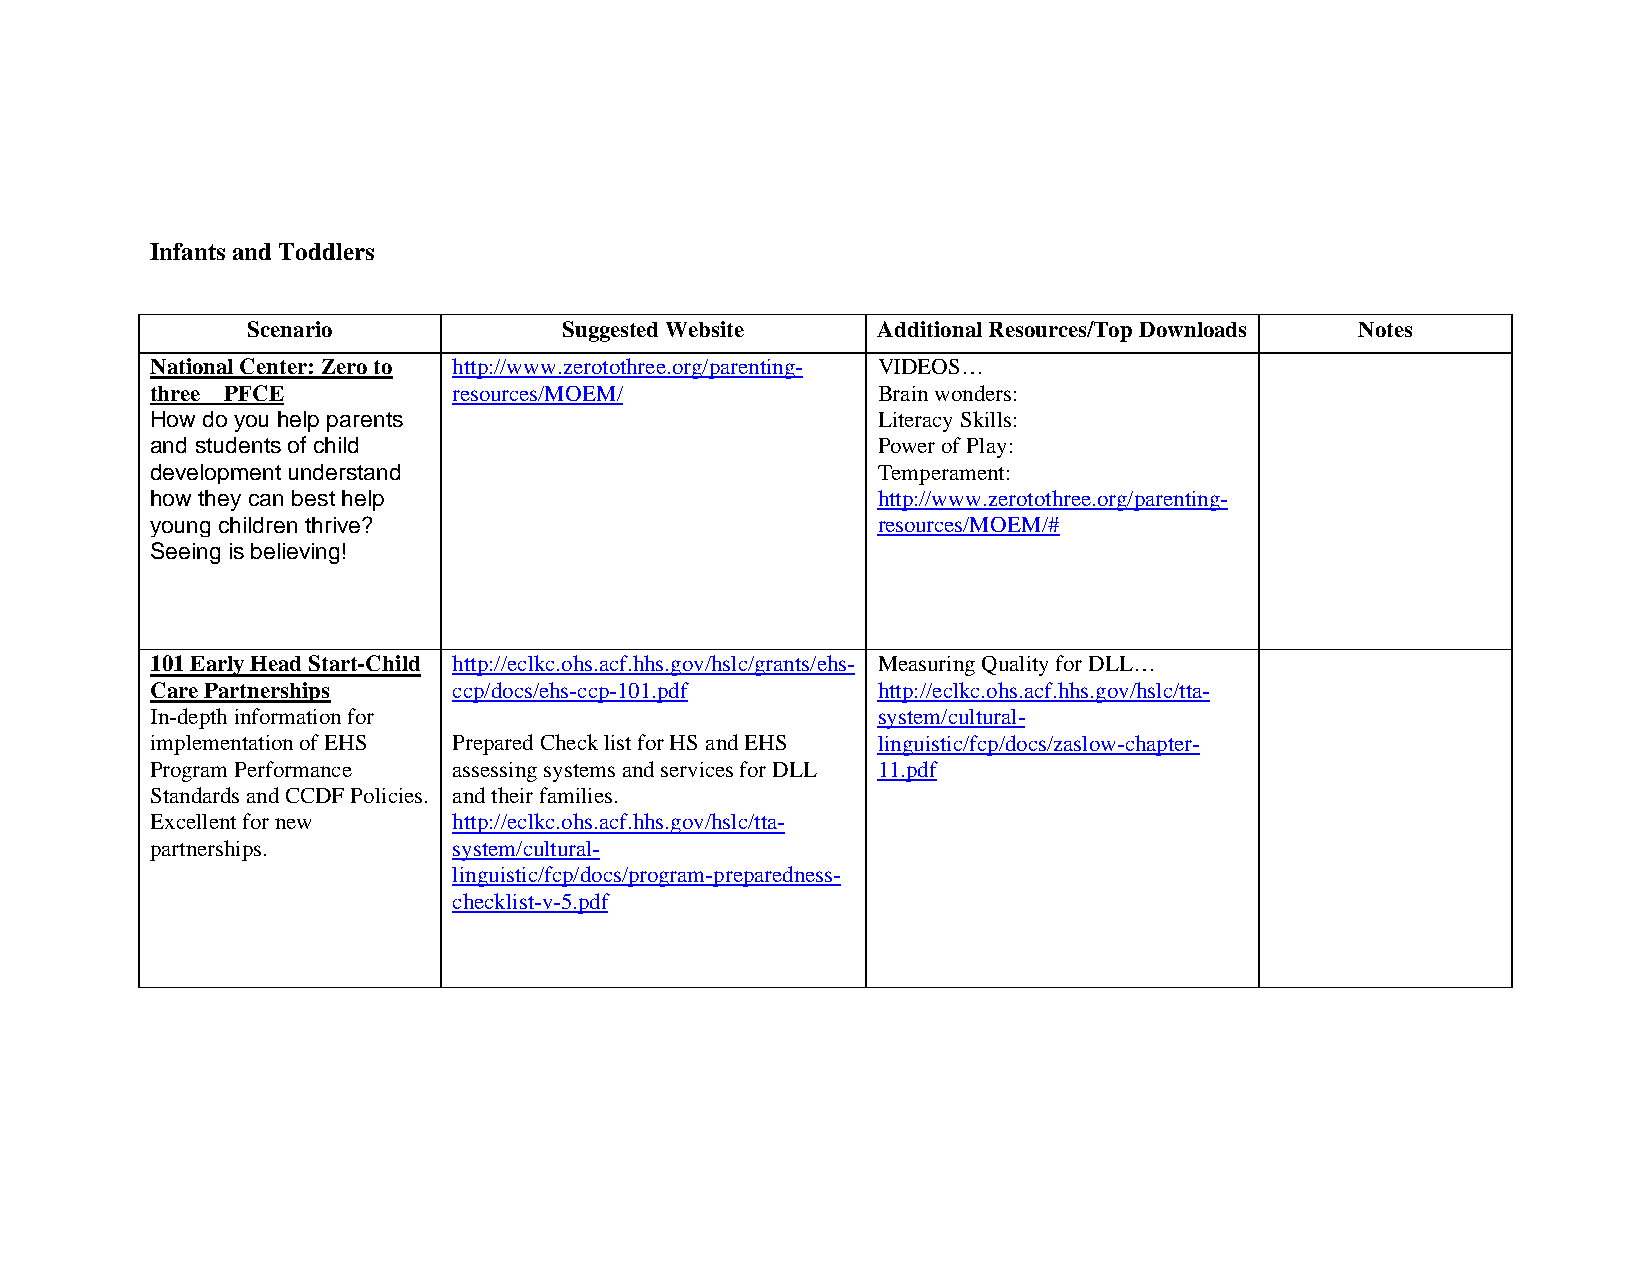
Infants and Toddlers
 Scenario             Suggested Website    Additional Resources/Top Downloads Notes
 National Center: Zero to http://www.zerotothree.org/parenting- VIDEOS…
 three PFCE          resources/MOEM/             Brain wonders:
 How do you help parents                         Literacy Skills:
 and students of child                           Power of Play:
 development understand                          Temperament:
 how they can best help                          http://www.zerotothree.org/parenting-
 young children thrive?                          resources/MOEM/#
 Seeing is believing!
 101 Early Head Start-Child http://eclkc.ohs.acf.hhs.gov/hslc/grants/ehs- Measuring Quality for DLL…
 Care Partnerships   ccp/docs/ehs-ccp-101.pdf    http://eclkc.ohs.acf.hhs.gov/hslc/tta-
 In-depth information for                        system/cultural-
 implementation of EHS Prepared Check list for HS and EHS linguistic/fcp/docs/zaslow-chapter-
 Program Performance assessing systems and services for DLL 11.pdf
 Standards and CCDF Policies. and their families.
 Excellent for new   http://eclkc.ohs.acf.hhs.gov/hslc/tta-
 partnerships.       system/cultural-
 linguistic/fcp/docs/program-preparedness-
 checklist-v-5.pdf